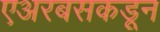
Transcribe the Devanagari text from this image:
एअरबसकडून